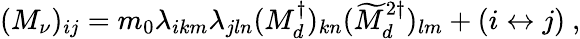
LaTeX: (M_{\nu})_{ij}=m_{0}\lambda_{ikm}\lambda_{jln}(M_{d}^{\dagger})_{kn}(\widetilde{M}_{d}^{2\dagger})_{lm}+(i\leftrightarrow j)\ ,